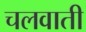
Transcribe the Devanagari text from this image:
चलवाती